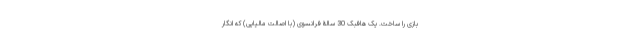
بازی را ساخت. یک هافبک 30 سالۀ فرانسوی (با اصالت مالیایی) که انگار